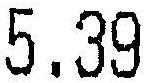
5.39